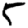
Digit: 5